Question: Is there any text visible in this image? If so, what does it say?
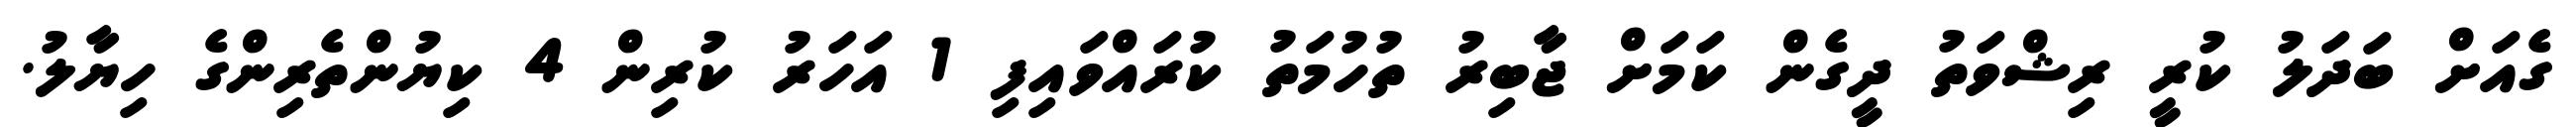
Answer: ގެއަށް ބަދަލު ކުރީ ރިޝްވަތު ދީގެން ކަމަށް ޖާބިރު ތުހުމަތު ކުރައްވައިފި 1 އަހަރު ކުރިން 4 ކިޔުންތެރިންގެ ހިޔާލު.